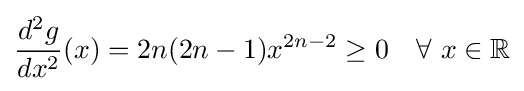
{\frac {d^{2}g}{dx^{2}}}(x)=2n(2n-1)x^{2n-2}\geq 0\quad \forall \ x\in \mathbb {R}